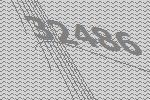
32486